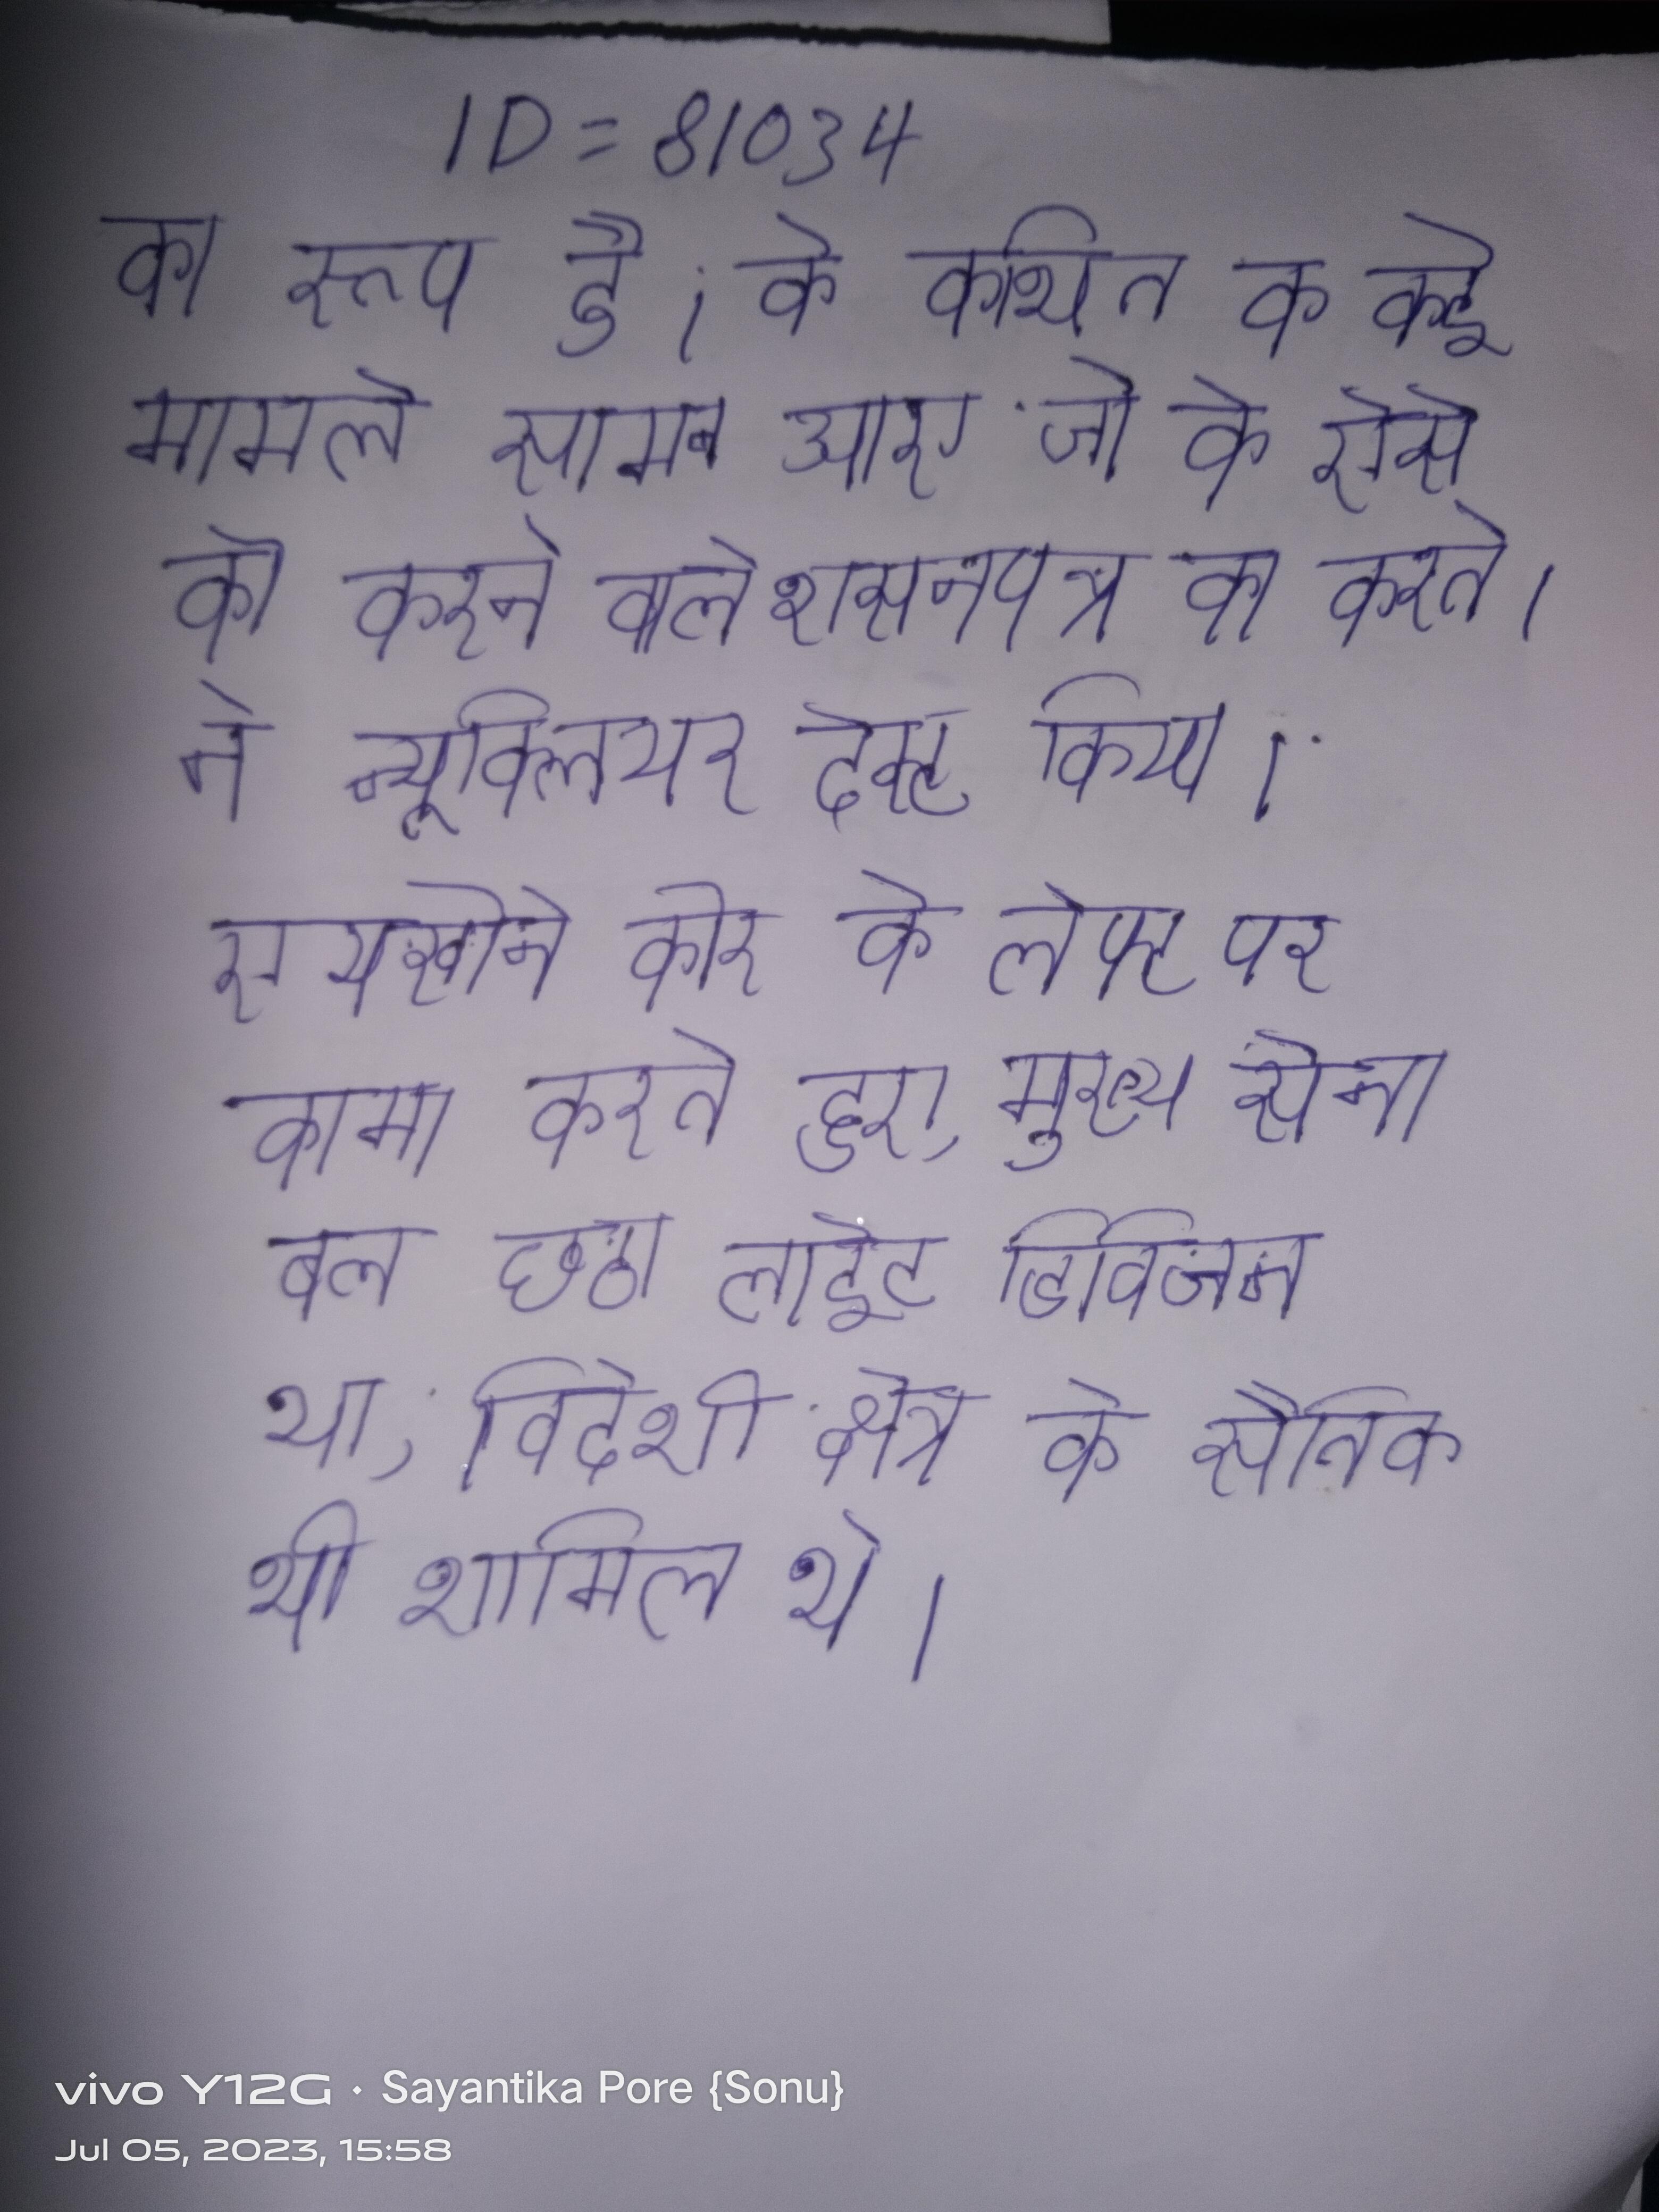
का रूप है । के कथित के कई मामले सामने आए जो के ऐसे को करने वाले शासनपत्र का करते । ने न्यूक्लियर टेस्ट किया । एयरबोर्न कोर के लेफ्ट पर काम करते हुए, मुख्य सेना बल छठा लाईट डिविजन था, विदेशी क्षेत्र के सैनिक भी शामिल थे ।